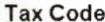
TAX CODE